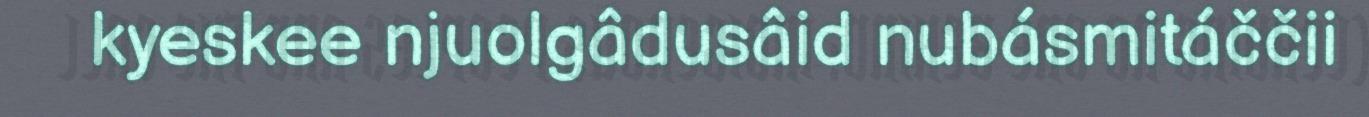
kyeskee njuolgâdusâid nubásmitáččii